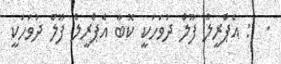
.  : އެޕްރީލް ފޫލް ދުވަހަކީ ކޮބާ އެޕްރީލް ފޫލް ދުވަހަކީ